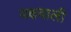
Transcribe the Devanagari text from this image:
वक्षवाली